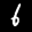
Label: 6